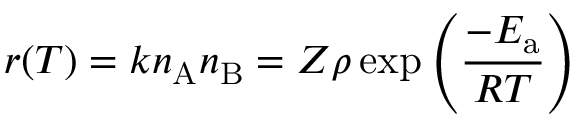
r ( T ) = k n _ { \mathrm { A } } n _ { \mathrm { B } } = Z \rho \exp \left( { \frac { - E _ { \mathrm { a } } } { R T } } \right)